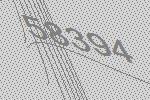
58394